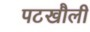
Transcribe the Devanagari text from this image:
पटखौली